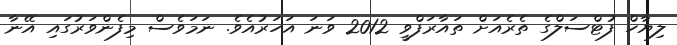
ލިޔާހް ފުޓްސަލްގެ ތެރެއަށް ތައާރަފްވީ 2012 ވަނަ އަހަރުއެވެ. ނަމަވެސް މިފެންވަރުގައި އޭނާ